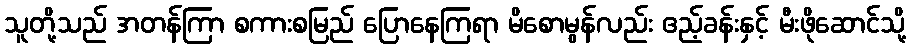
သူတို့သည် အတန်ကြာ စကားစမြည် ပြောနေကြရာ မိစောမွန်လည်း ဧည့်ခန်းနှင့် မီးဖိုဆောင်သို့